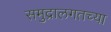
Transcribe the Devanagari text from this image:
समुद्रालगतच्या